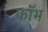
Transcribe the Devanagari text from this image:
कॉभ